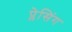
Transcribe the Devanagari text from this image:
प्लेसिंग